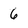
Character: 6